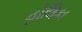
હોલિકા